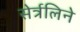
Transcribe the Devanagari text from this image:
सेर्त्रलिने